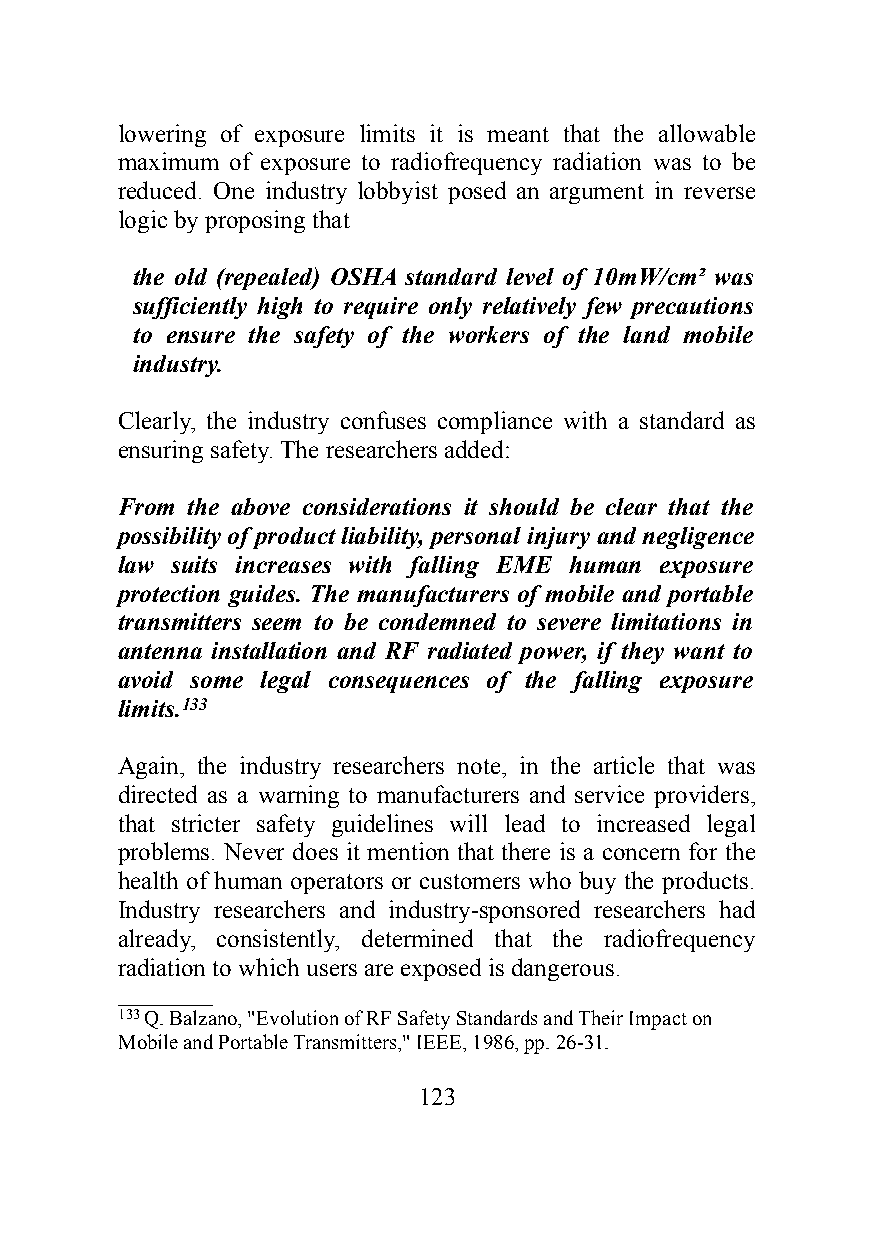
lowering of exposure limits it is meant that the allowable
 maximum of exposure to radiofrequency radiation was to be
 reduced. One industry lobbyist posed an argument in reverse
 logic by proposing that
 the old (repealed) OSHA standard level of 10mW/cm² was
 sufficiently high to require only relatively few precautions
 to ensure the safety of the workers of the land mobile
 industry.
 Clearly, the industry confuses compliance with a standard as
 ensuring safety. The researchers added:
 From the above considerations it should be clear that the
 possibility of product liability, personal injury and negligence
 law suits increases with falling EME human exposure
 protection guides. The manufacturers of mobile and portable
 transmitters seem to be condemned to severe limitations in
 antenna installation and RF radiated power, if they want to
 avoid some legal consequences of the falling exposure
 limits.133
 Again, the industry researchers note, in the article that was
 directed as a warning to manufacturers and service providers,
 that stricter safety guidelines will lead to increased legal
 problems. Never does it mention that there is a concern for the
 health of human operators or customers who buy the products.
 Industry researchers and industry-sponsored researchers had
 already, consistently, determined that the radiofrequency
 radiation to which users are exposed is dangerous.
 _________
 133 Q. Balzano, "Evolution of RF Safety Standards and Their Impact on
 Mobile and Portable Transmitters," IEEE, 1986, pp. 26-31.
 123